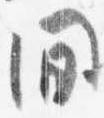
間